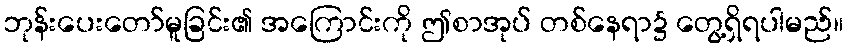
ဘုန်းပေးတော်မူခြင်း၏ အကြောင်းကို ဤစာအုပ် တစ်နေရာ၌ တွေ့ရှိရပါမည်။